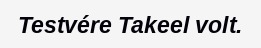
Testvére Takeel volt.